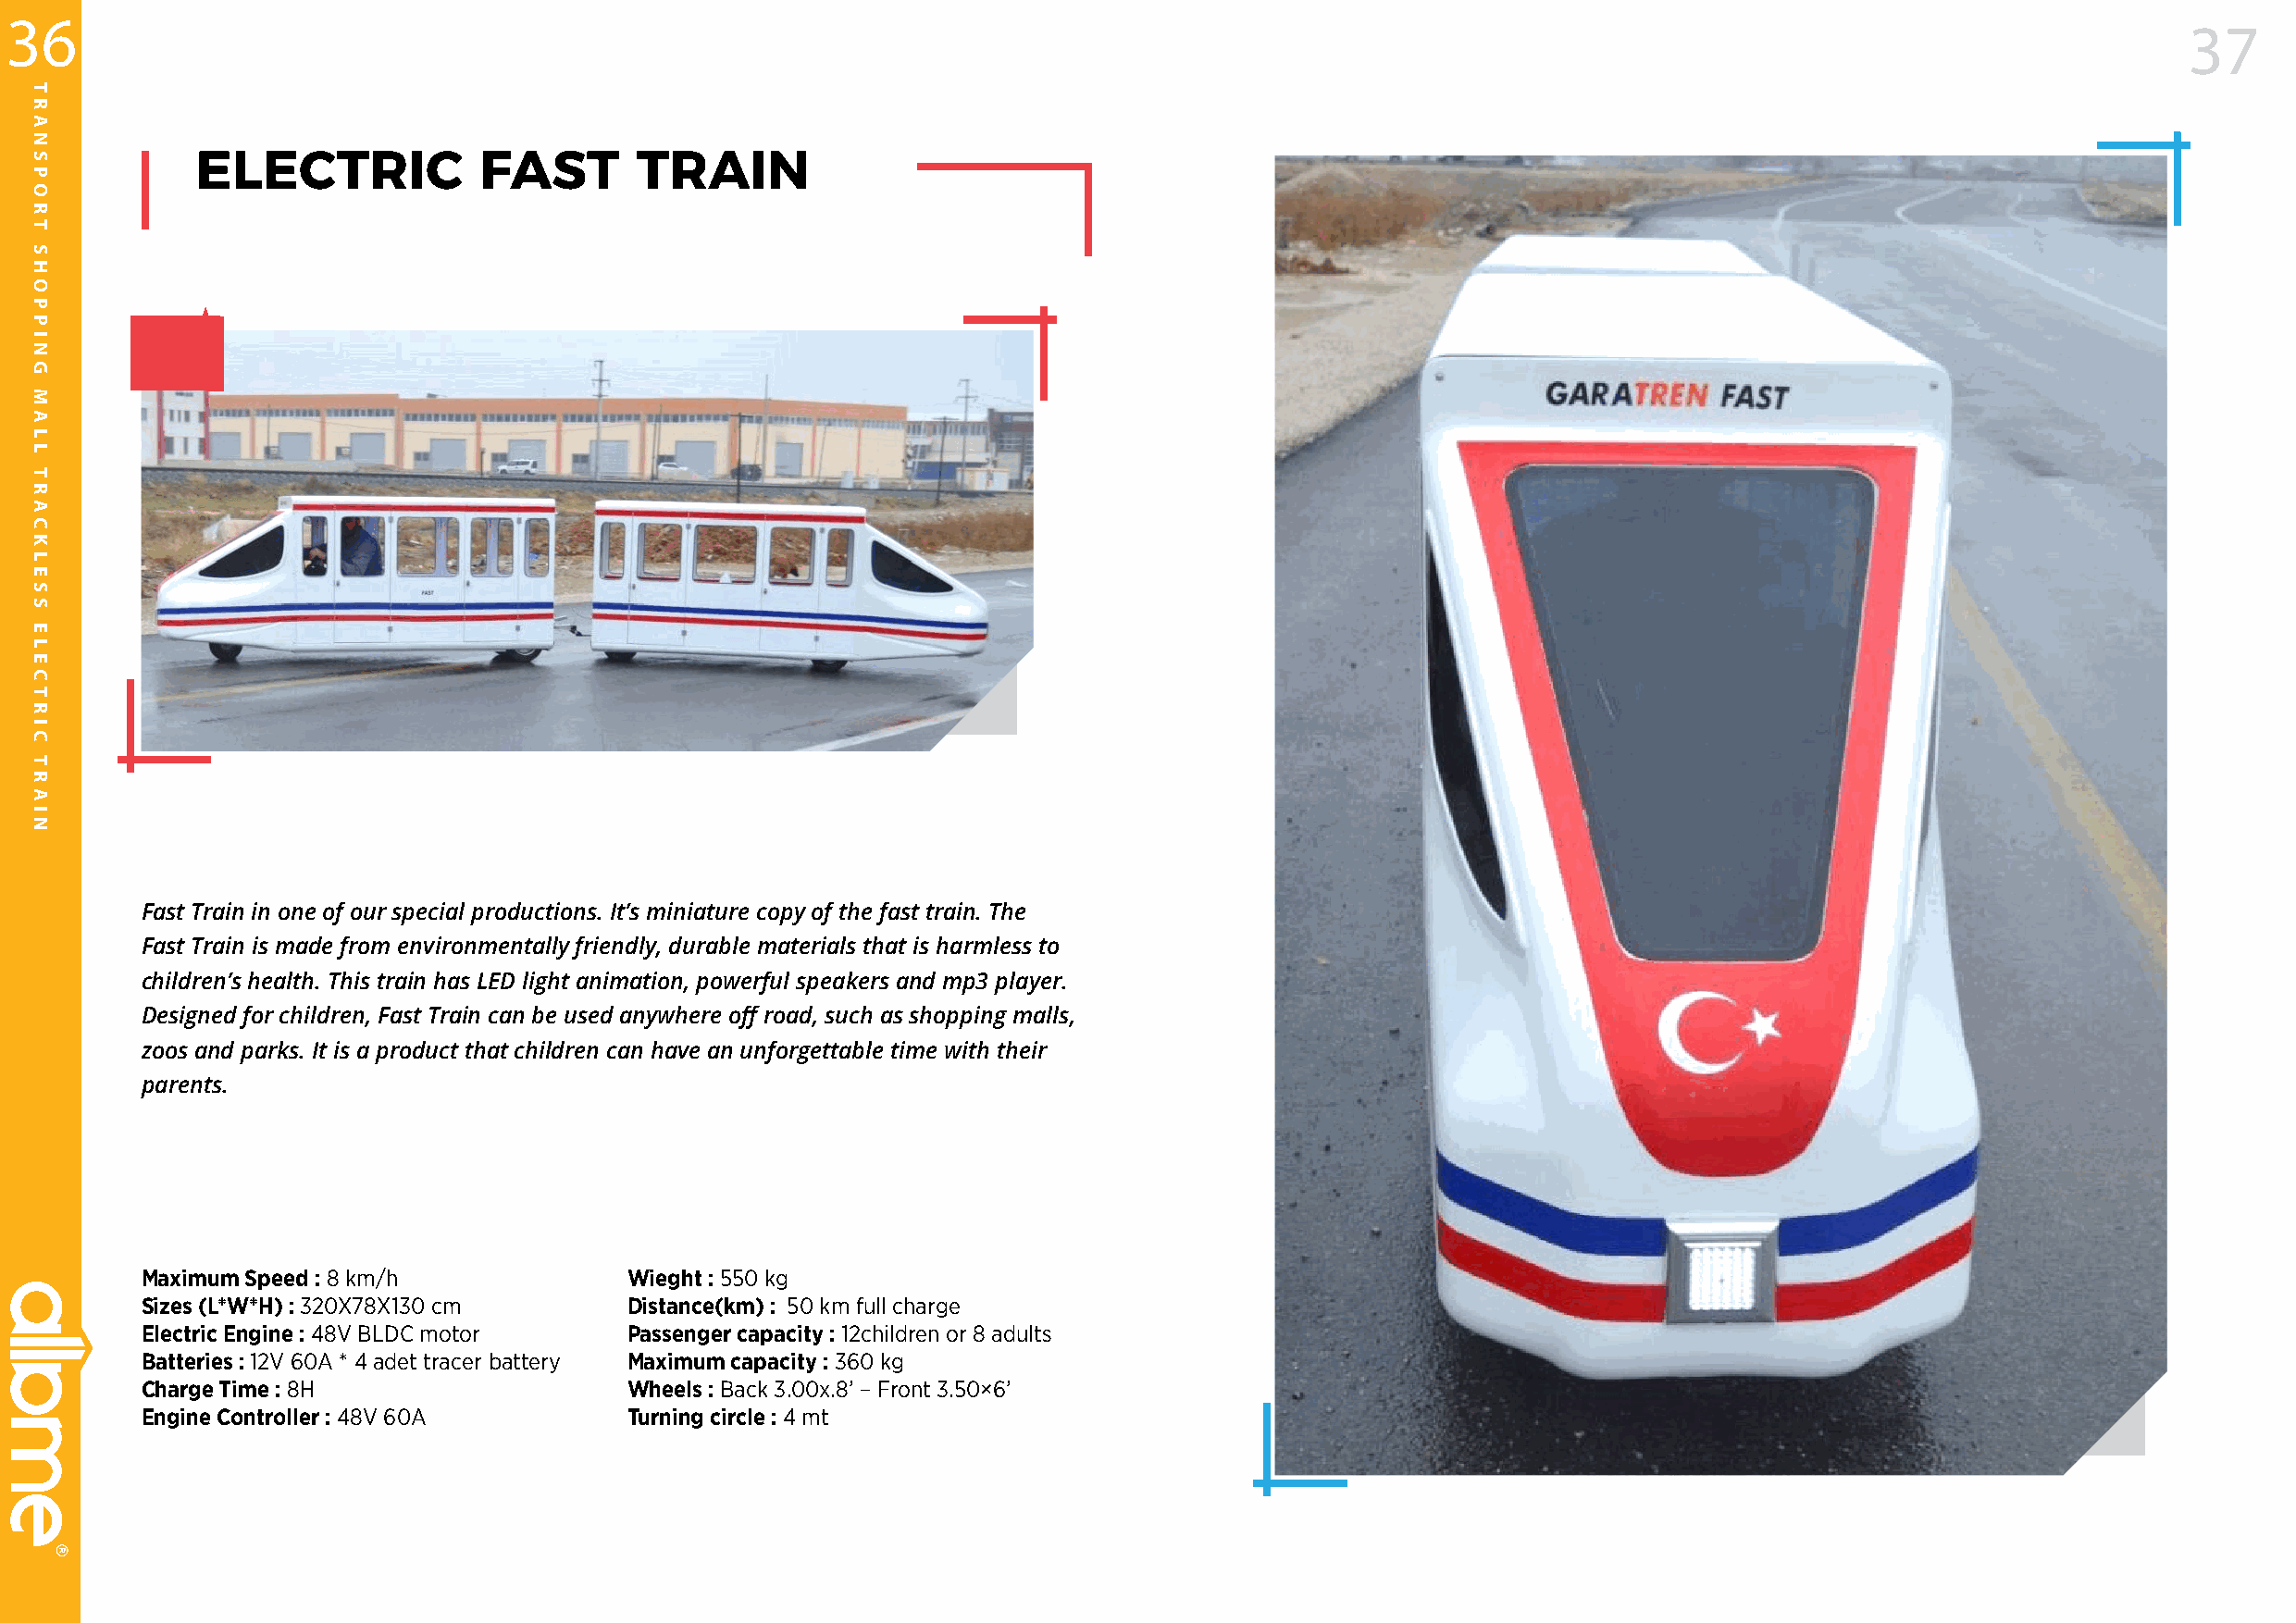
36
 37
 ELECTRIC            FAST       TRAIN
 Fast Train in one of our special productions. It’s miniature copy of the fast train. The
 Fast Train is made from environmentally friendly, durable materials that is harmless to
 children’s health. This train has LED light animation, powerful speakers and mp3 player.
 Designed for children, Fast Train can be used anywhere off road, such as shopping malls,
 zoos and parks. It is a product that children can have an unforgettable time with their
 parents.
 Maximum Speed : 8 km/h             Wieght : 550 kg
 Sizes (L*W*H) : 320X78X130 cm      Distance(km) : 50 km full charge
 Electric Engine : 48V BLDC motor   Passenger capacity : 12children or 8 adults
 Batteries : 12V 60A * 4 adet tracer battery Maximum capacity : 360 kg
 Charge Time : 8H                   Wheels : Back 3.00x.8’ – Front 3.50×6’
 Engine Controller : 48V 60A        Turning circle : 4 mt
 TRANSPORT
 SHOPPING
 MALL
 TRACKLESS
 ELECTRIC
 TRAIN